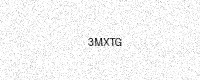
Text: 3MXTG